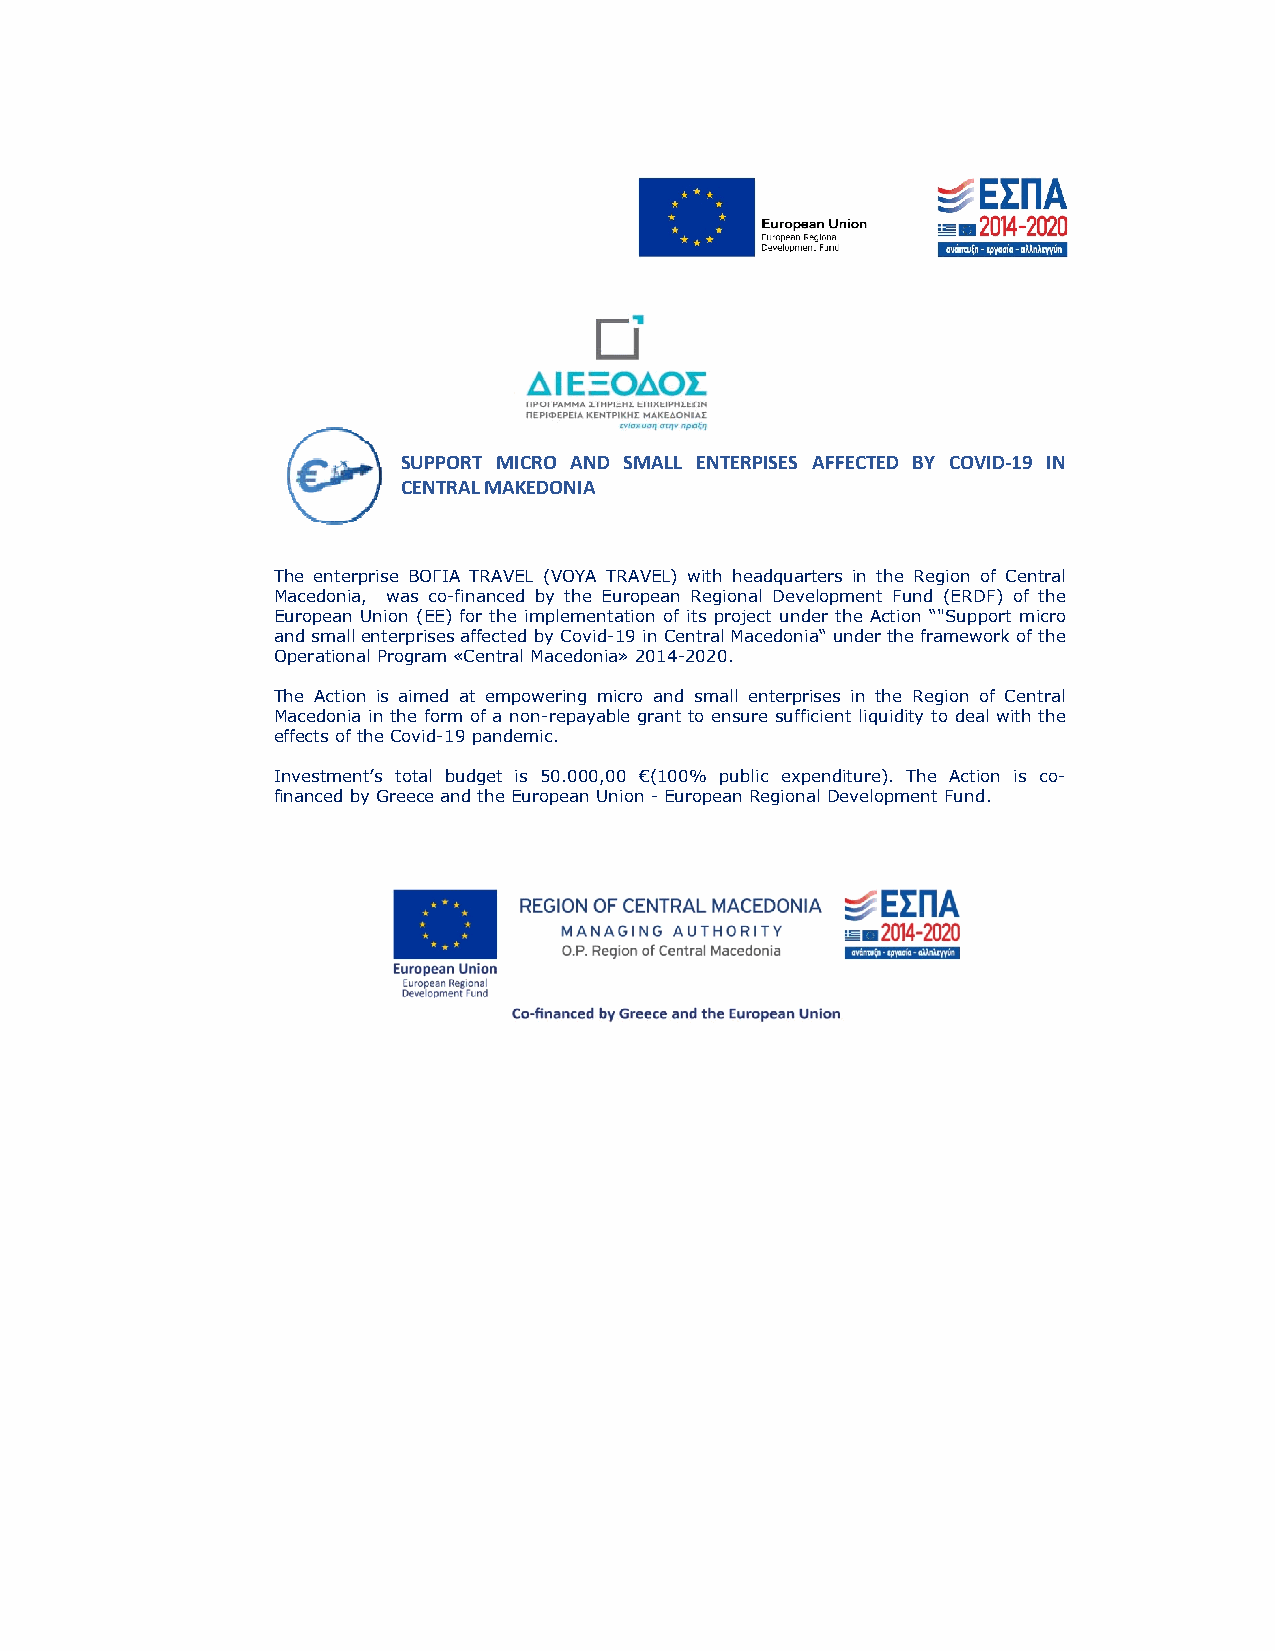
SUPPORT MICRO AND SMALL ENTERPISES AFFECTED BY COVID‐19 IN
 CENTRALMAKEDONIA
 Τhe enterprise ΒΟΓΙΑ TRAVEL (VOYA TRAVEL) with headquarters in the Region of Central
 Macedonia, was co-financed by the European Regional Development Fund (ERDF) of the
 European Union (ΕΕ) for the implementation of its project under the Action “"Support micro
 aannddssmmaalllleenntteerrpprriisseessaaffffeecctteeddbbyy CCoovviidd-1199 iinnCCeennttrraallMMaacceeddoonniiaa“uunnddeerrtthheeffrraammeewwoorrkkooff tthhee
 OperationalProgram«CentralMacedonia» 2014-2020.
 The Action is aimed at empowering micro and small enterprises in the Region of Central
 Macedonia in the form of a non-repayable grant to ensure sufficient liquidity to deal with the
 effectsoftheCovid-19 pandemic.
 Ιnvestment’s total budget is 50.000,00 €(100% public expenditure). The Action is co-
 financed byGreeceandtheEuropeanUnion -EuropeanRegional Development Fund.